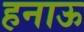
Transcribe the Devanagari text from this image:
हनाऊ